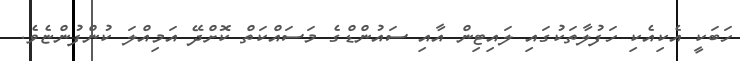
ހަބަކީ އެކިއެކި ހަފުލާތަކުގައި ލައިޓިން އާއި ސައުންޑްގެ މަސައްކަތް ކޮށްދޭ އަމިއްލަ ކުންފުންޏެވެ.